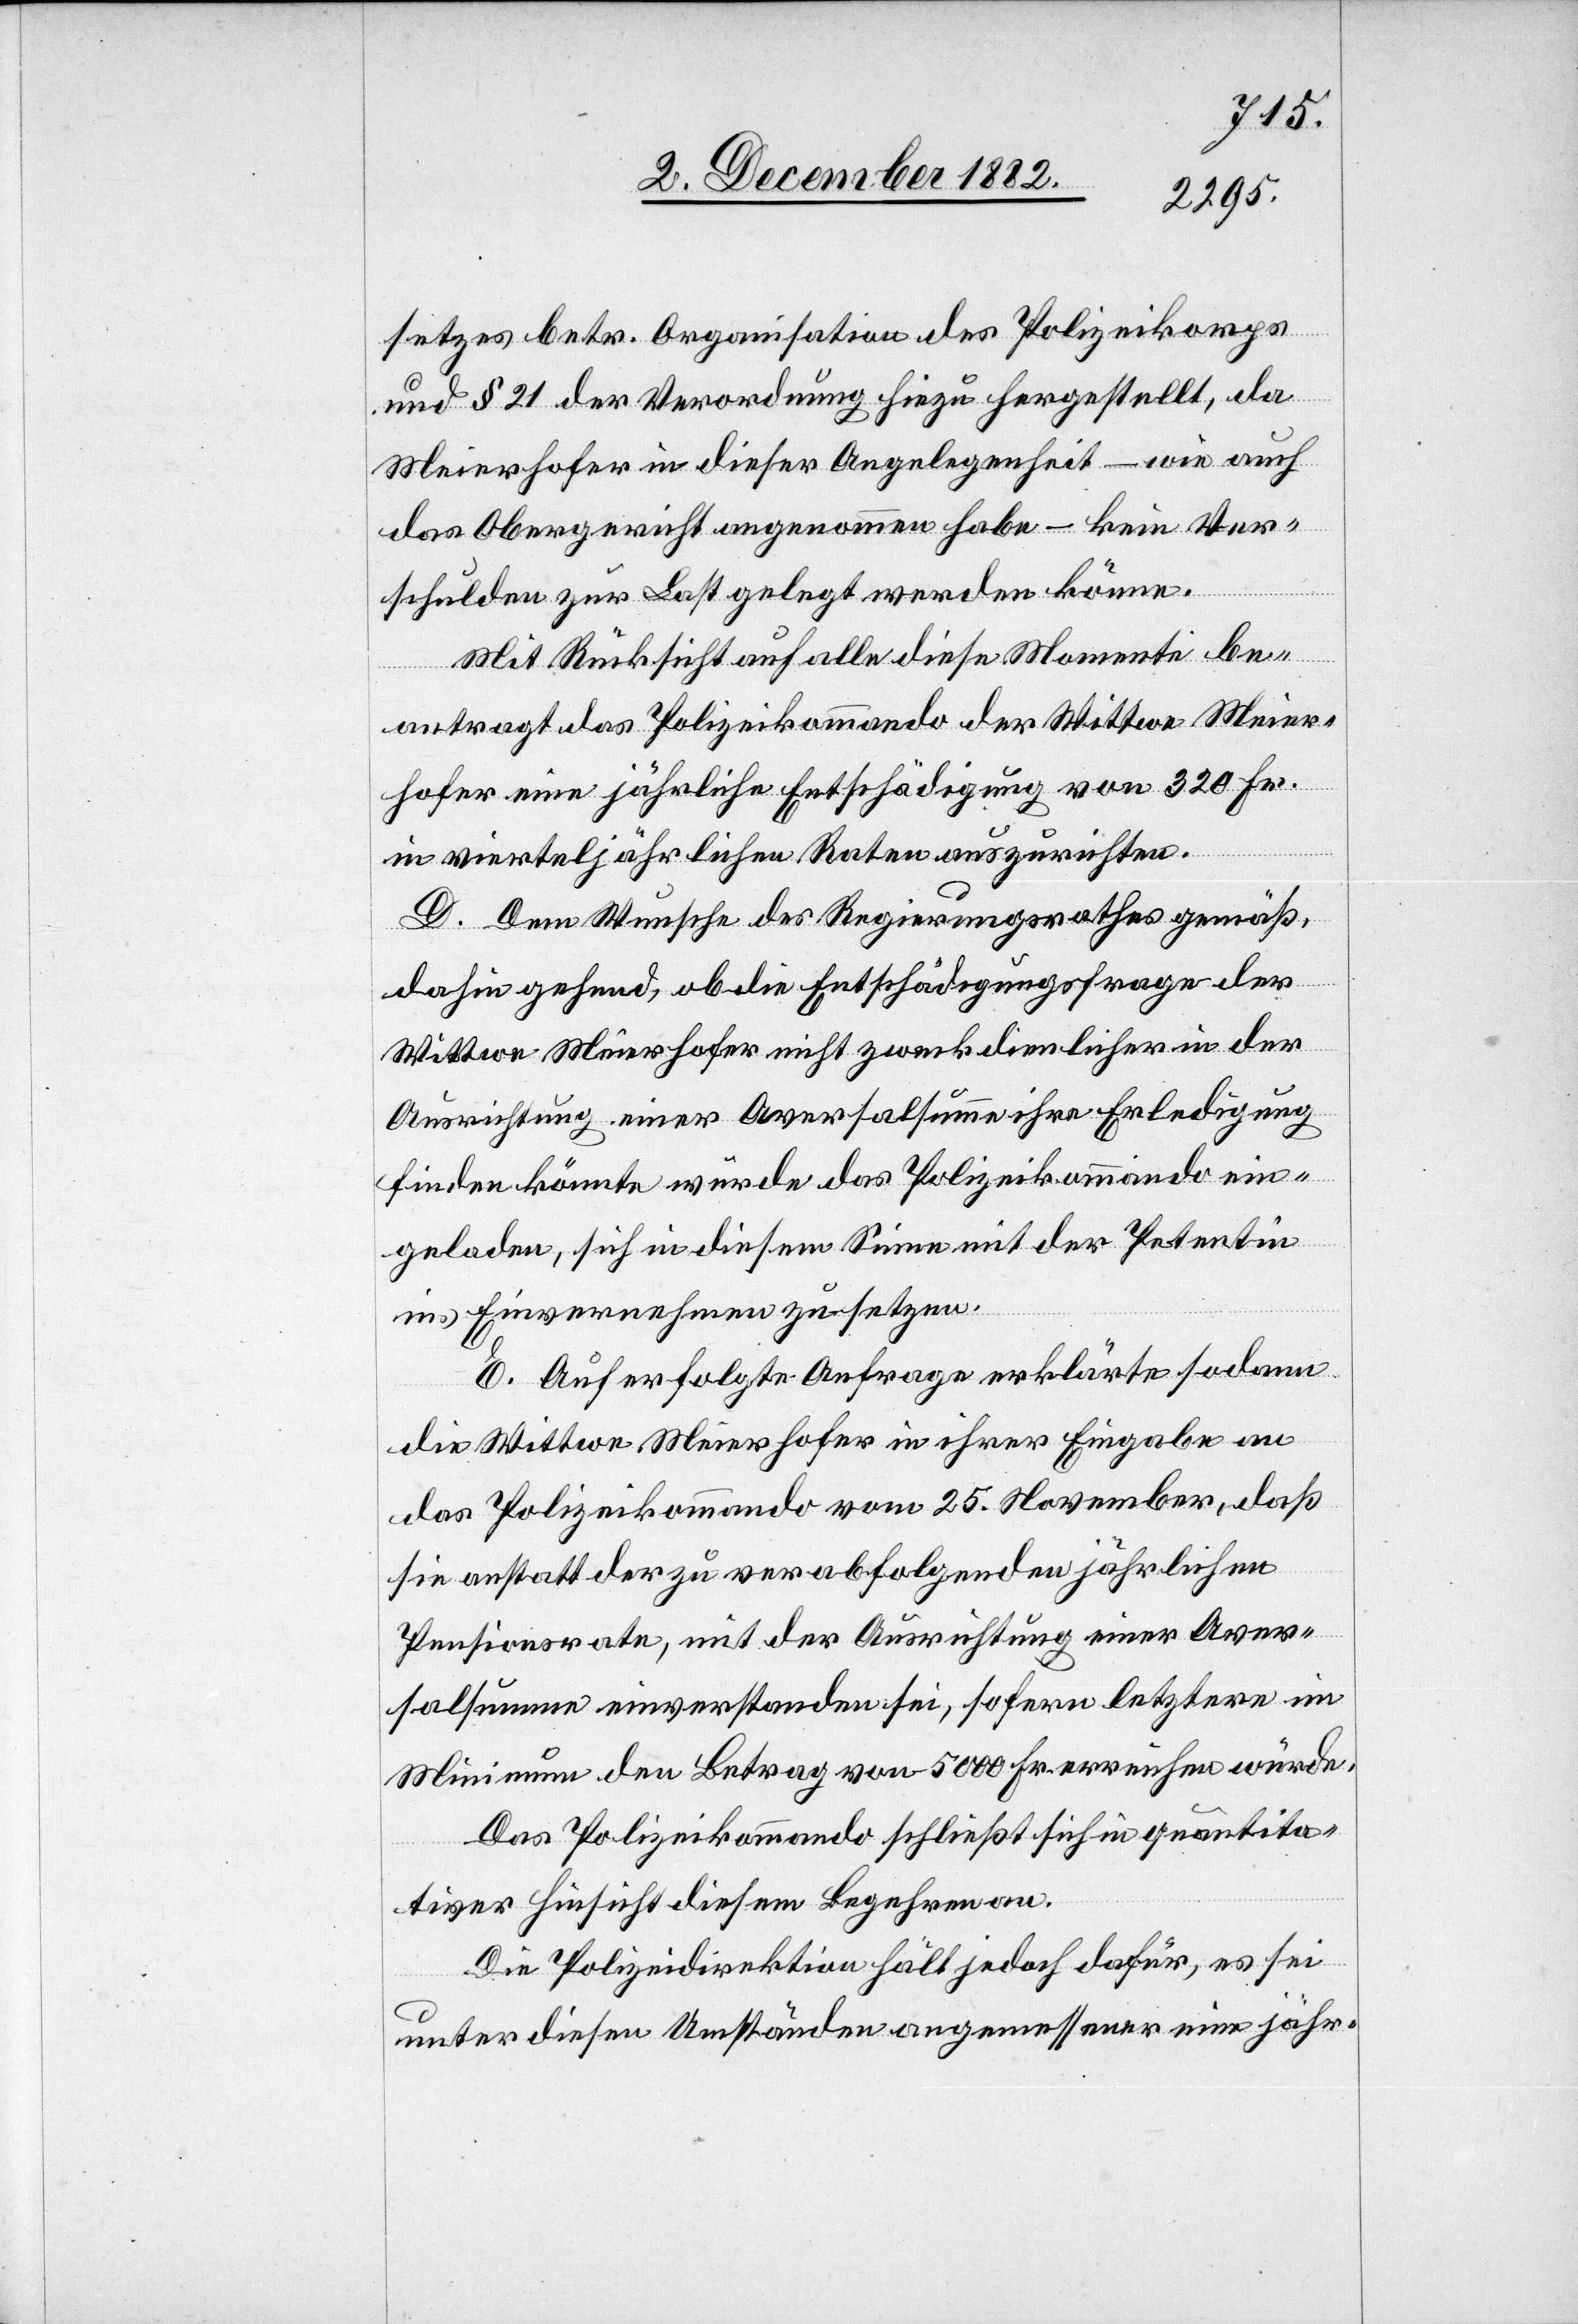
setzes betr. Organisatin des Polizeikorps
und § 21 der Verordnung hiezu hergestellt, da
Meierhofer in dieser Angelegenheit – wie auch
das Obergericht angenommen habe – kein Ver¬
schulden zur Last gelegt werden könne.
Mit Rücksicht auf alle diese Momente be¬
antragt das Polizeikommando der Wittwe Meier¬
hofer eine jährliche Entschädigung von 320 Fr.
in vierteljährlichen Raten auszurichten.
D. Dem Wunsche des Regierungsrathes gemäß,
dahin gehend, ob die Entschädigungsfrage der
Wittwe Meierhofer nicht zweckdienlicher in der
Ausrichtung einer Aversalsumme ihre Erledigung
finden könne wurde das Polizeikommando ein¬
geladen, sich in diesem Sinne mit der Petentin
ins Einvernehmen zu setzen.
E. Auf erfolgte Anfrage erklärte sodann
die Wittwe Meierhofer in ihrer Eingabe an
das Polizeikommando vom 25. November, daß
sie anstatt der zu verabfolgenden jährlichen
Pensionsrate, mit der Ausrichtung einer Aver¬
salsumme einverstanden sei, sofern letztere im
Minimum den Betrag von 5000 Fr. erreichen würde.
Das Polizeikommando schließ sich in quantita¬
tiver Hinsicht diesem Begehren an.
Die Polizeidirektion hält jedoch dafür, es sei
unter diesen Umständen angemessener eine jähr-